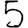
Digit: 5